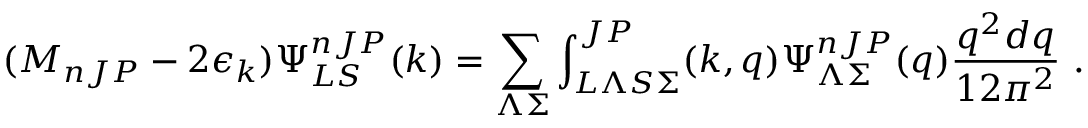
( M _ { n J P } - 2 \epsilon _ { k } ) \Psi _ { L S } ^ { n J P } ( k ) = \sum _ { \Lambda \Sigma } \int _ { L \Lambda S \Sigma } ^ { J P } ( k , q ) \Psi _ { \Lambda \Sigma } ^ { n J P } ( q ) \frac { q ^ { 2 } d q } { 1 2 \pi ^ { 2 } } \ .